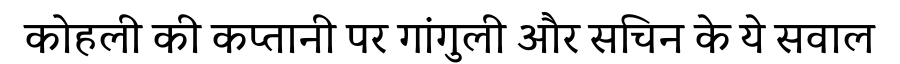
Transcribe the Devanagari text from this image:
कोहली की कप्तानी पर गांगुली और सचिन के ये सवाल